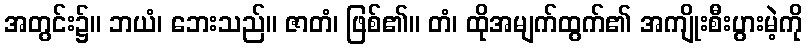
အတွင်း၌။ ဘယံ၊ ဘေးသည်။ ဇာတံ၊ ဖြစ်၏။ တံ၊ ထိုအမျက်ထွက်၏ အကျိုးစီးပွားမဲ့ကို